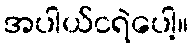
အပါယ်ငရဲပေါ့။